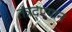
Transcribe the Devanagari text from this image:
तंत्रद्ण्यान